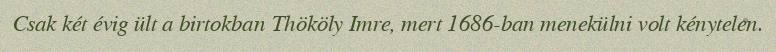
Csak két évig ült a birtokban Thököly Imre, mert 1686-ban menekülni volt kénytelen.